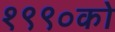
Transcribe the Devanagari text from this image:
१९९०को